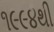
૧૯૯૪થી